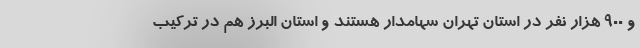
و ۹۰۰ هزار نفر در استان تهران سهامدار هستند و استان البرز هم در ترکیب